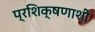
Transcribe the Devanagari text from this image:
प्रशिक्षणाशी